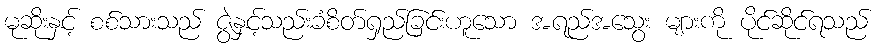
မုဆိုးနှင့် စစ်သားသည် ဇွဲနှင့်သည်းခံစိတ်ရှည်ခြင်းဟူသော အရည်အသွေး များကို ပိုင်ဆိုင်ရသည်